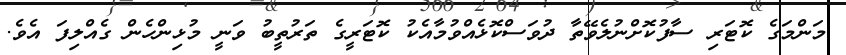
މަންމަގެ ކޮޓަރި ސާފުކޮށްނުލެވޭތާ ދުވަސްކޮޅެއްވުމާއެކު ކޮޓަރީގެ ތަރުތީބު ވަނީ މުޅިންހެން ގެއްލިފަ އެވެ.